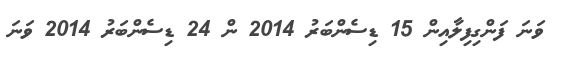
ވަނަ ފަންގިފިލާއިން 15 ޑިސެންބަރު 2014 ން 24 ޑިސެންބަރު 2014 ވަނަ